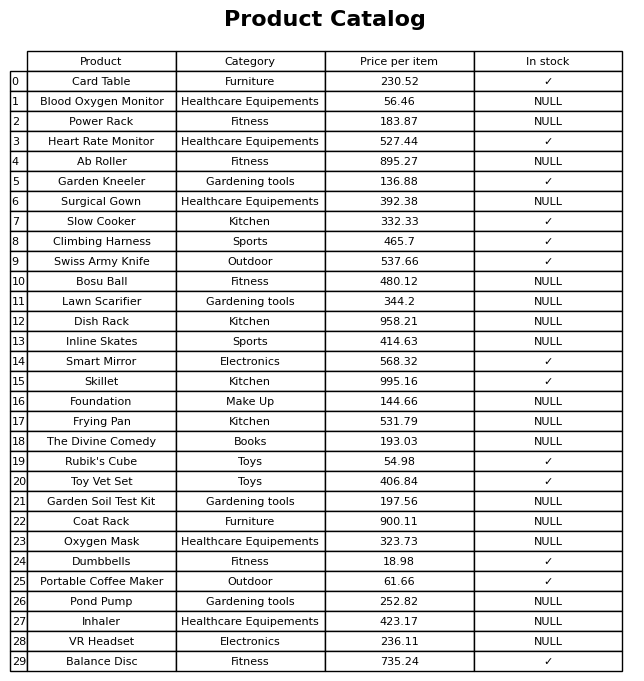
question: What is the stock status of the Heart Rate Monitor?
answer: ✓